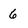
Character: 6